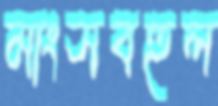
মাংসবহুল